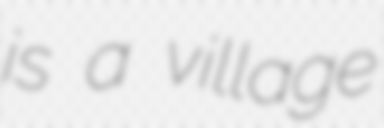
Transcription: is a village